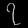
Digit: ၇